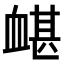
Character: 𧗀